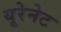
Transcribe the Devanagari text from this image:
यूरेनेट